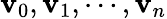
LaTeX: \mathbf{v}_{0},\mathbf{v}_{1},\cdots,\mathbf{v}_{n}